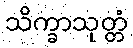
သိက္ခာသုတ္တံ